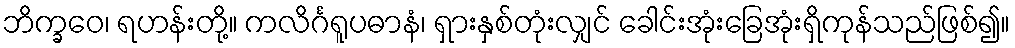
ဘိက္ခဝေ၊ ရဟန်းတို့။ ကလိင်္ဂရူပဓာနံ၊ ရှားနှစ်တုံးလျှင် ခေါင်းအုံးခြေအုံးရှိကုန်သည်ဖြစ်၍။